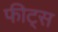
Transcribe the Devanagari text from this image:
फीट्स